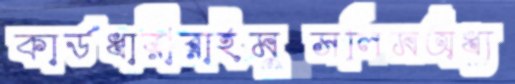
কার্ডধারীরাইমুসলিমঅধ্য